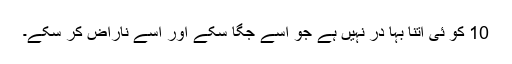
10 کو ئی اتنا بہا در نہیں ہے جو اسے جگا سکے اور اسے ناراض کر سکے۔